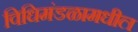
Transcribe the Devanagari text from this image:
विधिमंडळामधील